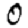
Digit: 0